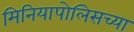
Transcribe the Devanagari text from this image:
मिनियापोलिसच्या